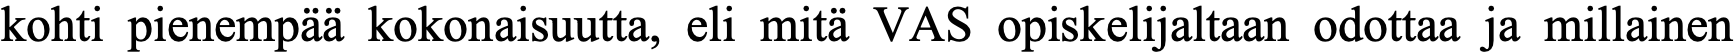
kohti pienempää kokonaisuutta, eli mitä VAS opiskelijaltaan odottaa ja millainen